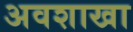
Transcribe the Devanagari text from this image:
अवशाखा